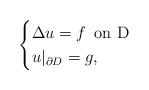
LaTeX: \begin{align*}\begin{cases}\Delta u=f \,\textrm{ on D} \\u|_{\partial D}=g, \end{cases}\end{align*}